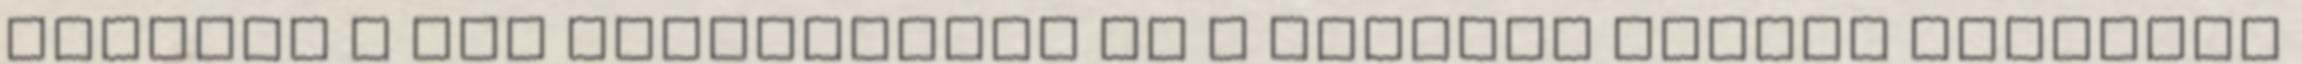
szerint a kor Angliájáról és a királyi család életéről